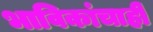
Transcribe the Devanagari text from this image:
भाविकांचाही